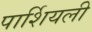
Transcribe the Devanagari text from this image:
पार्शियली